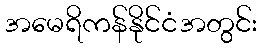
အမေရိကန်နိုင်ငံအတွင်း